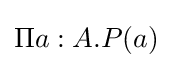
\Pi a:A.P(a)